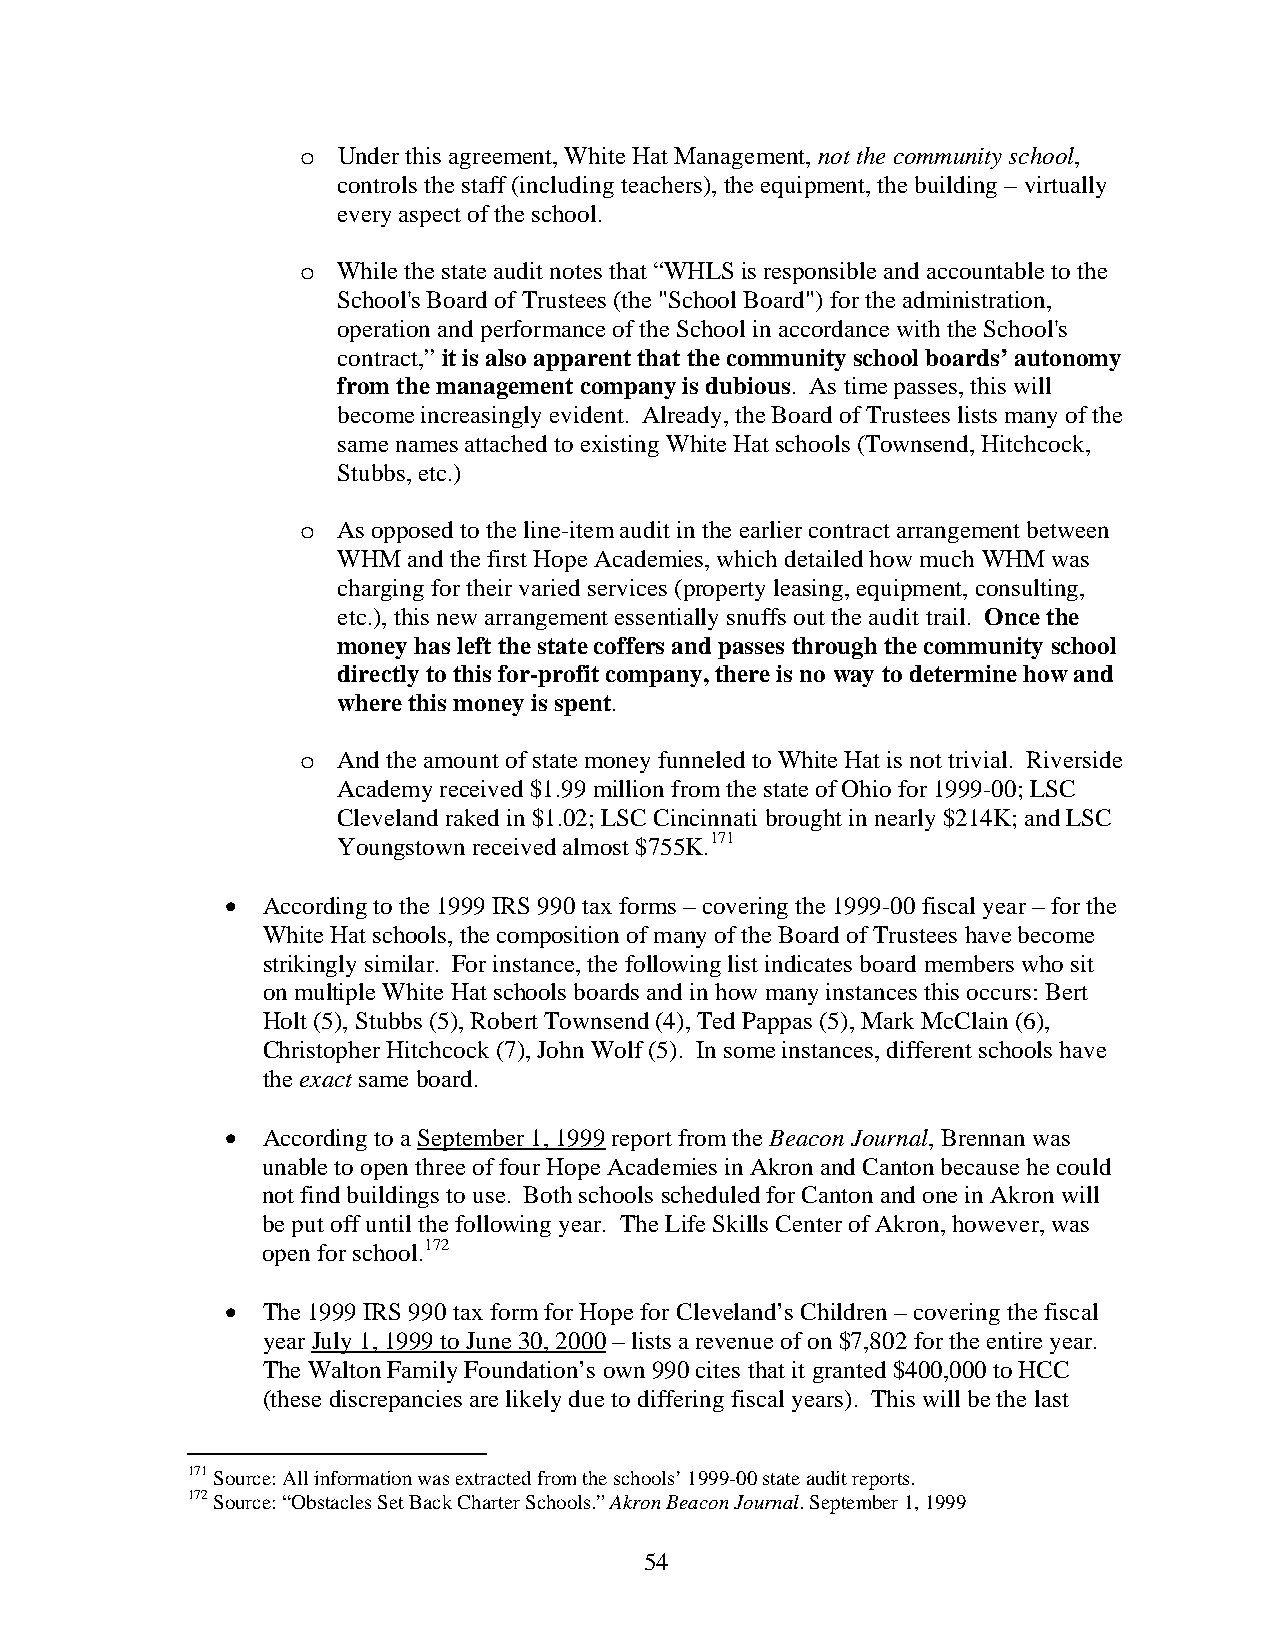
o Under this agreement, White Hat Management, not the community school,
 controls the staff (including teachers), the equipment, the building – virtually
 every aspect of the school.
 o While the state audit notes that “WHLS is responsible and accountable to the
 School's Board of Trustees (the "School Board") for the administration,
 operation and performance of the School in accordance with the School's
 contract,” it is also apparent that the community school boards’ autonomy
 from the management company is dubious. As time passes, this will
 become increasingly evident. Already, the Board of Trustees lists many of the
 same names attached to existing White Hat schools (Townsend, Hitchcock,
 Stubbs, etc.)
 o As opposed to the line-item audit in the earlier contract arrangement between
 WHM  and the first Hope Academies, which detailed how much WHM was
 charging for their varied services (property leasing, equipment, consulting,
 etc.), this new arrangement essentially snuffs out the audit trail. Once the
 money has left the state coffers and passes through the community school
 directly to this for-profit company, there is no way to determine how and
 where this money is spent.
 o And the amount of state money funneled to White Hat is not trivial. Riverside
 Academy received $1.99 million from the state of Ohio for 1999-00; LSC
 Cleveland raked in $1.02; LSC Cincinnati brought in nearly $214K; and LSC
 Youngstown received almost $755K.171
 • According to the 1999 IRS 990 tax forms – covering the 1999-00 fiscal year – for the
 White Hat schools, the composition of many of the Board of Trustees have become
 strikingly similar. For instance, the following list indicates board members who sit
 on multiple White Hat schools boards and in how many instances this occurs: Bert
 Holt (5), Stubbs (5), Robert Townsend (4), Ted Pappas (5), Mark McClain (6),
 Christopher Hitchcock (7), John Wolf (5). In some instances, different schools have
 the exact same board.
 • According to a September 1, 1999 report from the Beacon Journal, Brennan was
 unable to open three of four Hope Academies in Akron and Canton because he could
 not find buildings to use. Both schools scheduled for Canton and one in Akron will
 be put off until the following year. The Life Skills Center of Akron, however, was
 open for school.172
 • The 1999 IRS 990 tax form for Hope for Cleveland’s Children – covering the fiscal
 year July 1, 1999 to June 30, 2000 – lists a revenue of on $7,802 for the entire year.
 The Walton Family Foundation’s own 990 cites that it granted $400,000 to HCC
 (these discrepancies are likely due to differing fiscal years). This will be the last
 171 Source: All information was extracted from the schools’ 1999-00 state audit reports.
 172 Source: “Obstacles Set Back Charter Schools.” Akron Beacon Journal. September 1, 1999
 54